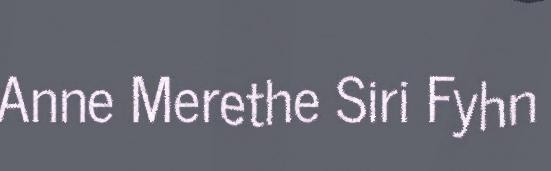
Anne Merethe Siri Fyhn